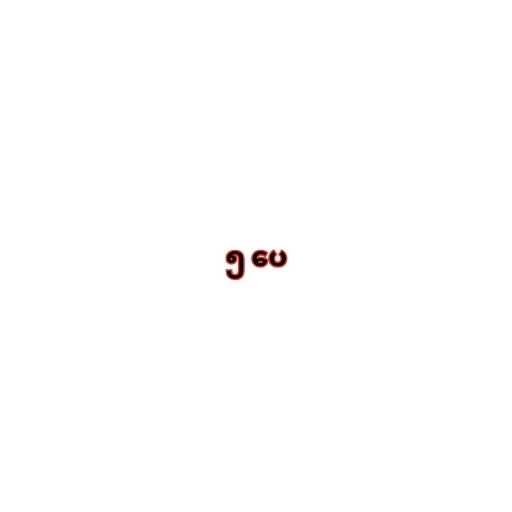
၅ ပေ